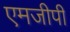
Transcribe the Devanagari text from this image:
एमजीपी